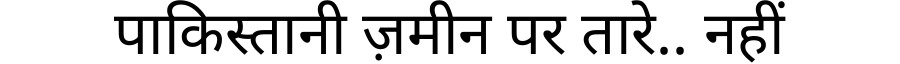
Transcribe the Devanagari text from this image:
पाकिस्तानी ज़मीन पर तारे.. नहीं